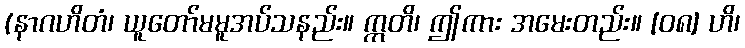
(နာဂဟိတံ၊ ယူတော်မမူအပ်သနည်း။ ဣတိ၊ ဤကား အမေးတည်း။ [၀၈] ဟိ၊